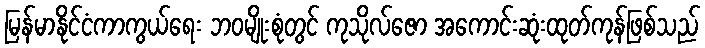
မြန်မာနိုင်ငံကာကွယ်ရေး ဘဝမျိုးစုံတွင် ကုသိုလ်ဇော အကောင်းဆုံးထုတ်ကုန်ဖြစ်သည်